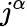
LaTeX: j^{\alpha}